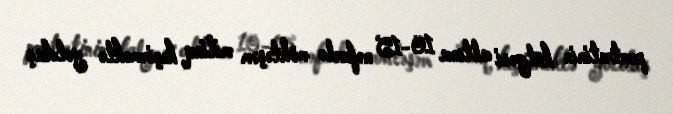
portretinin kölgəsi altına 10-15 nəfərlə möhtəşəm mitinq keçirməklə yoldaş